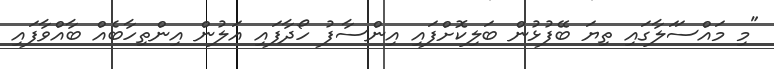
"މި މައްސަަލާގައި ތިޔަ ބޭފުޅުން ބަލިކޮށްފައި އިންސާފު ހޯދާފައި އަލުން އިންތިހާބެއް ބާއްވާފައި